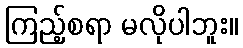
ကြည့်စရာ မလိုပါဘူး။